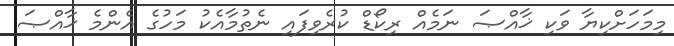
މިމަހަށްކިޔާ ވަކި ޚާއްޞަ ނަމެއް ރިކޯޑް ކުރެވިފައި ނެތުމާއެކު މަހުގެ އެންމެ ޚާއްޞަ